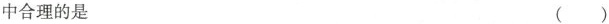
中合理的是 ()